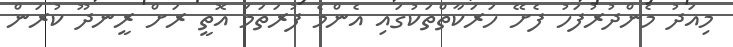
މިއަދު މެންދުރުފަހު ފެށޭ ހަރަކާތްތަކުގައި އެންމެ ފުރަތަމަ އޮތީ ރަށް ރީނދޫ ކުރަން